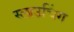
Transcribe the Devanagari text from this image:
स्लाउचिंग